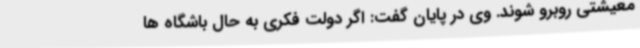
معیشتی روبرو شوند. وی در پایان گفت: اگر دولت فکری به حال باشگاه ها